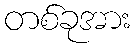
တစ်ခုအား